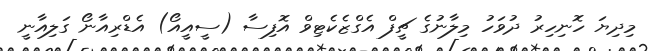
މިދިޔަ ހޮނިިހިރު ދުވަހު މިލާނުގެ ޗީފް އެގްޒެކެޓިވް އޮފިސާ (ސީއީއޯ) އެޑްރިއާނޯ ގަލިއާނީ